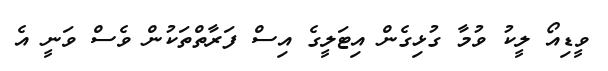
ވީޑިއޯ ލީކު ވުމާ ގުޅިގެން އިޓަލީގެ އިސް ފަރާތްތަކުން ވެސް ވަނީ އެ